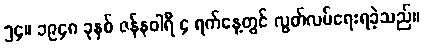
၅၄။ ၁၉၄၈ ခုနှစ် ဇန်နဝါရီ ၄ ရက်နေ့တွင် လွတ်လပ်ရေးရခဲ့သည်။